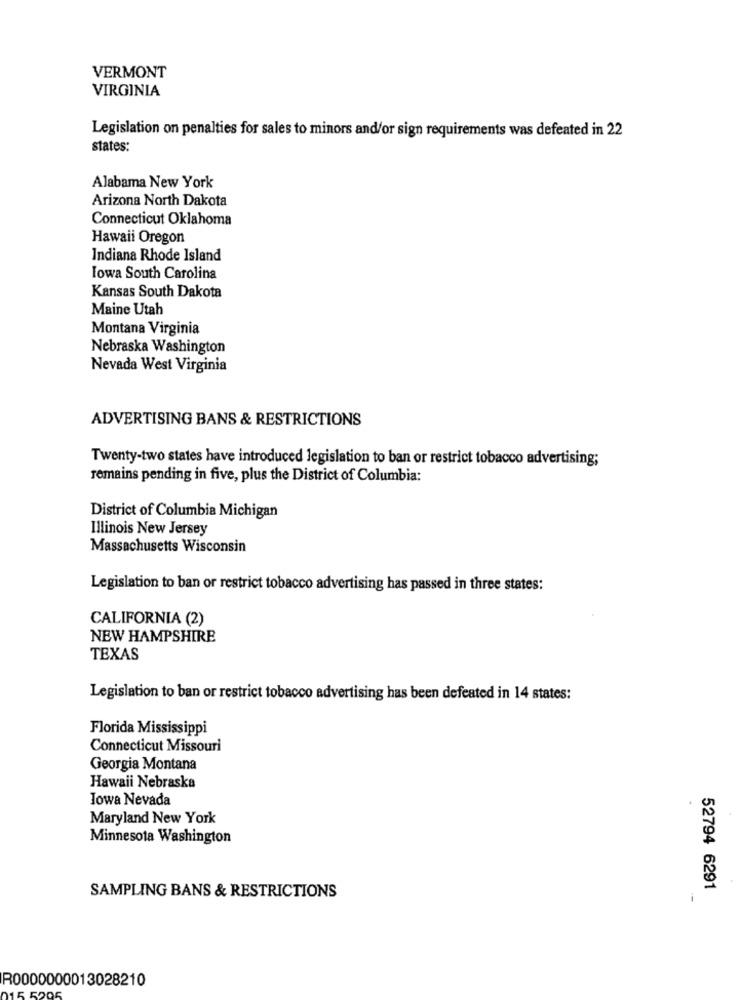
VERMONT
VIRGINIA
Legislation on penalties for sales to minors and/or sign requirements was defeated in 22
states:
Alabama New York
Arizona North Dakota
Connecticut Oklahoma
Hawaii Oregon
Indiana Rhode Island
Iowa South Carolina
Kansas South Dakota
Maine Utah
Montana Virginia
Nebraska Washington
Nevada West Virginia
ADVERTISING BANS & RESTRICTIONS
Twenty-two states have introduced legislation to ban or restrict tobacco advertising;
remains pending in five, plus the District of Columbia:
District of Columbia Michigan
Illinois New Jersey
Massachusetts Wisconsin
Legislation to ban or restrict tobacco advertising has passed in three states:
CALIFORNIA (2)
NEW HAMPSHIRE
TEXAS
Legislation to ban or restrict tobacco advertising has been defeated in 14 states:
Florida Mississippi
Connecticut Missouri
Georgia Montana
Hawaii Nebraska
Iowa Nevada
Maryland New York
Minnesota Washington
52794 6291
SAMPLING BANS & RESTRICTIONS
-
R0000000013028210